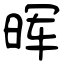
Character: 晖